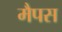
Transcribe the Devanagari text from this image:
मैपस